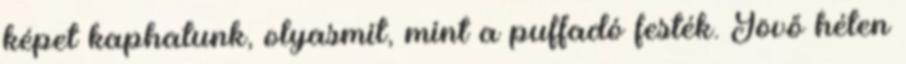
képet kaphatunk, olyasmit, mint a puffadó festék. Jövő héten